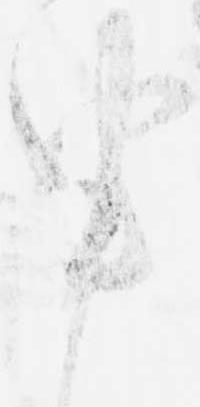
申